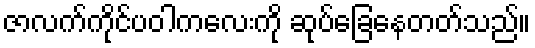
ဇာလက်ကိုင်ပဝါကလေးကို ဆုပ်ခြေနေတတ်သည်။